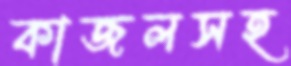
কাজলসহ